Annual statistical returns and brief notes on vaccination in Bengal - 1887-1898
Year: 1887
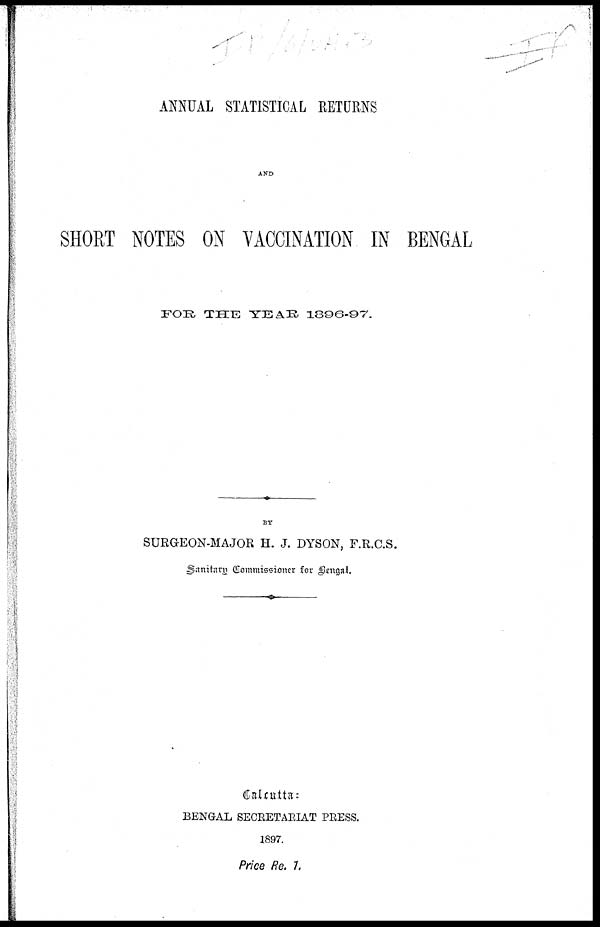
ANNUAL STATISTICAL RETURNS
AND
SHORT NOTES ON VACCINATION IN BENGAL
FOR THE YEAR 1896-97.
BY
SURGEON-MAJOR H. J. DYSON, F.R.C.S.
Sanitary Commissioner for Bengal.
Calcutta:
BENGAL SECRETARIAT PRESS.
1897.
Price Re. 1.